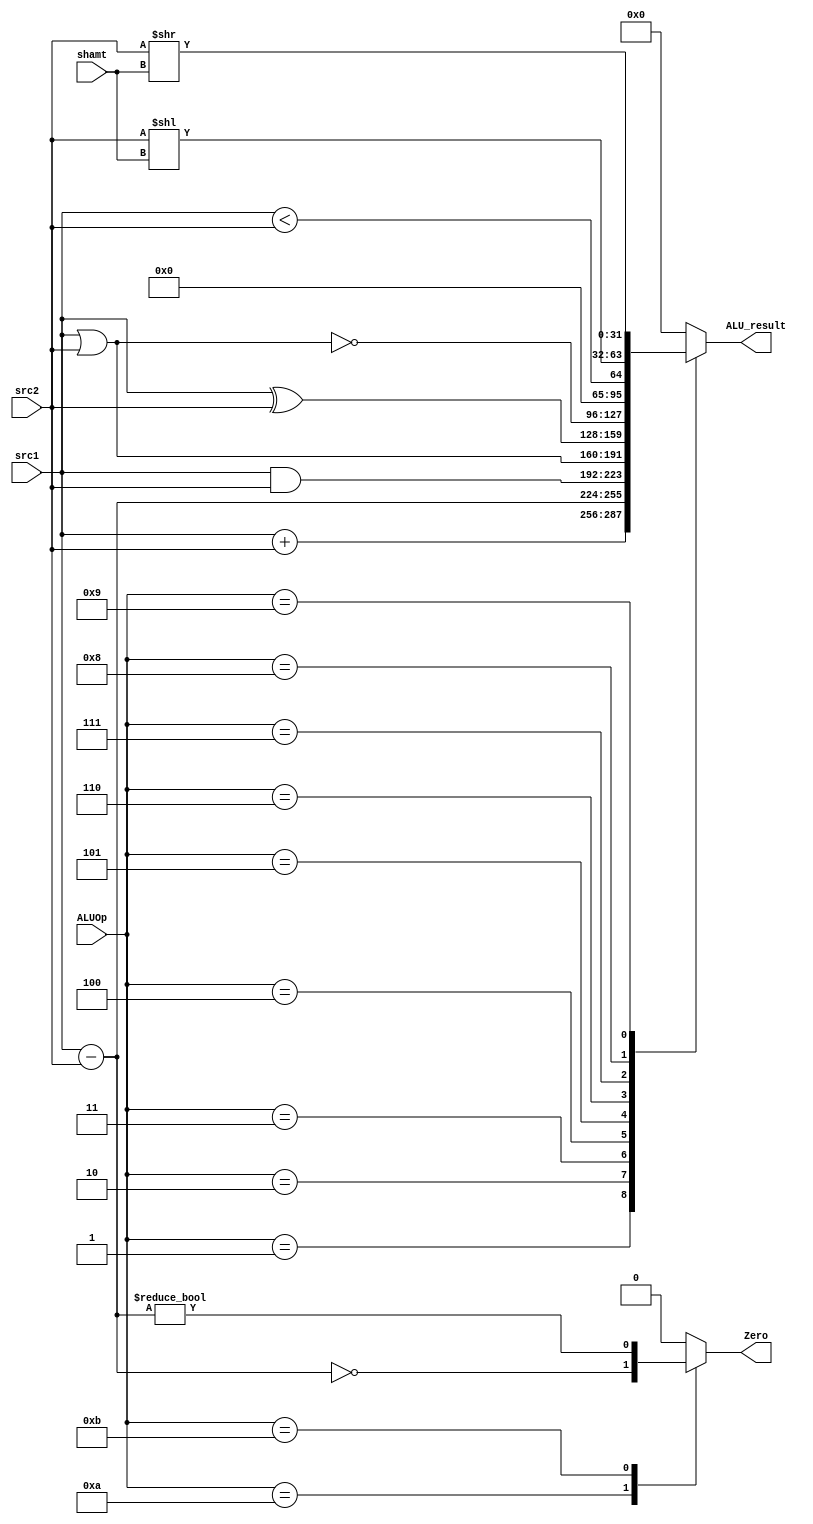
// ALU

module ALU ( ALUOp,
			 src1,
			 src2,
			 shamt,
			 ALU_result,
			 Zero
			 );
	
	parameter bit_size = 32;
	
	input [3:0] ALUOp; // aka. ALU Ctrl in P&H
	input [bit_size-1:0] src1;
	input [bit_size-1:0] src2;
	input [4:0] shamt;
	
	output [bit_size-1:0] ALU_result;
	output Zero;
			
	// write your code in here
	reg [bit_size-1:0] ALU_result;
	reg Zero;

	parameter// op_nop = 0,
	          op_add = 1,
	          op_sub = 2,
	          op_and = 3,
	          op_or  = 4,
	          op_xor = 5,
	          op_nor = 6,
	          op_slt = 7,
	          op_sll = 8,
	          op_srl = 9,
	          op_beq = 10,
	          op_bne = 11;

	always @(*) begin
		ALU_result = 0;
		Zero = 0;
		case (ALUOp)
			op_add : ALU_result = src1 + src2;
			op_sub : ALU_result = src1 - src2;
			op_and : ALU_result = src1 & src2;
			op_or  : ALU_result = src1 | src2;
			op_xor : ALU_result = src1 ^ src2;
			op_nor : ALU_result = ~(src1 | src2);
			op_slt : ALU_result = src1 < src2;
			op_sll : ALU_result = src2 << shamt;
			op_srl : ALU_result = src2 >> shamt;
			op_beq : Zero = (src1 - src2 == 0);
			op_bne : Zero = (src1 - src2 != 0);
			default : ALU_result = 0;
		endcase
	end

endmodule